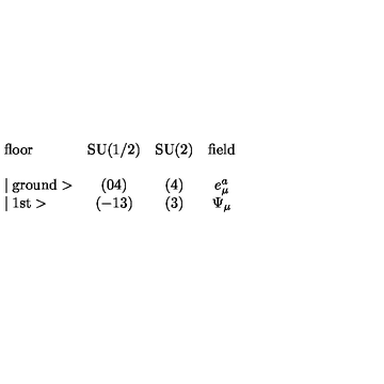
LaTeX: \begin{array} { l c c c } { \mathrm { f l o o r } } & { \mathrm { S U ( 1 / 2 ) } } & { \mathrm { S U ( 2 ) } } & { \mathrm { f i e l d } } \\ { } \\ { \mid \mathrm { g r o u n d } > } & { ( 0 4 ) } & { ( 4 ) } & { e _ { \mu } ^ { a } } \\ { \mid \mathrm { 1 s t } > } & { ( - 1 3 ) } & { ( 3 ) } & { \Psi _ { \mu } } \\ \end{array}